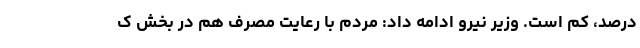
درصد، کم است. وزیر نیرو ادامه داد: مردم با رعایت مصرف هم در بخش ک